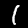
Digit: 1